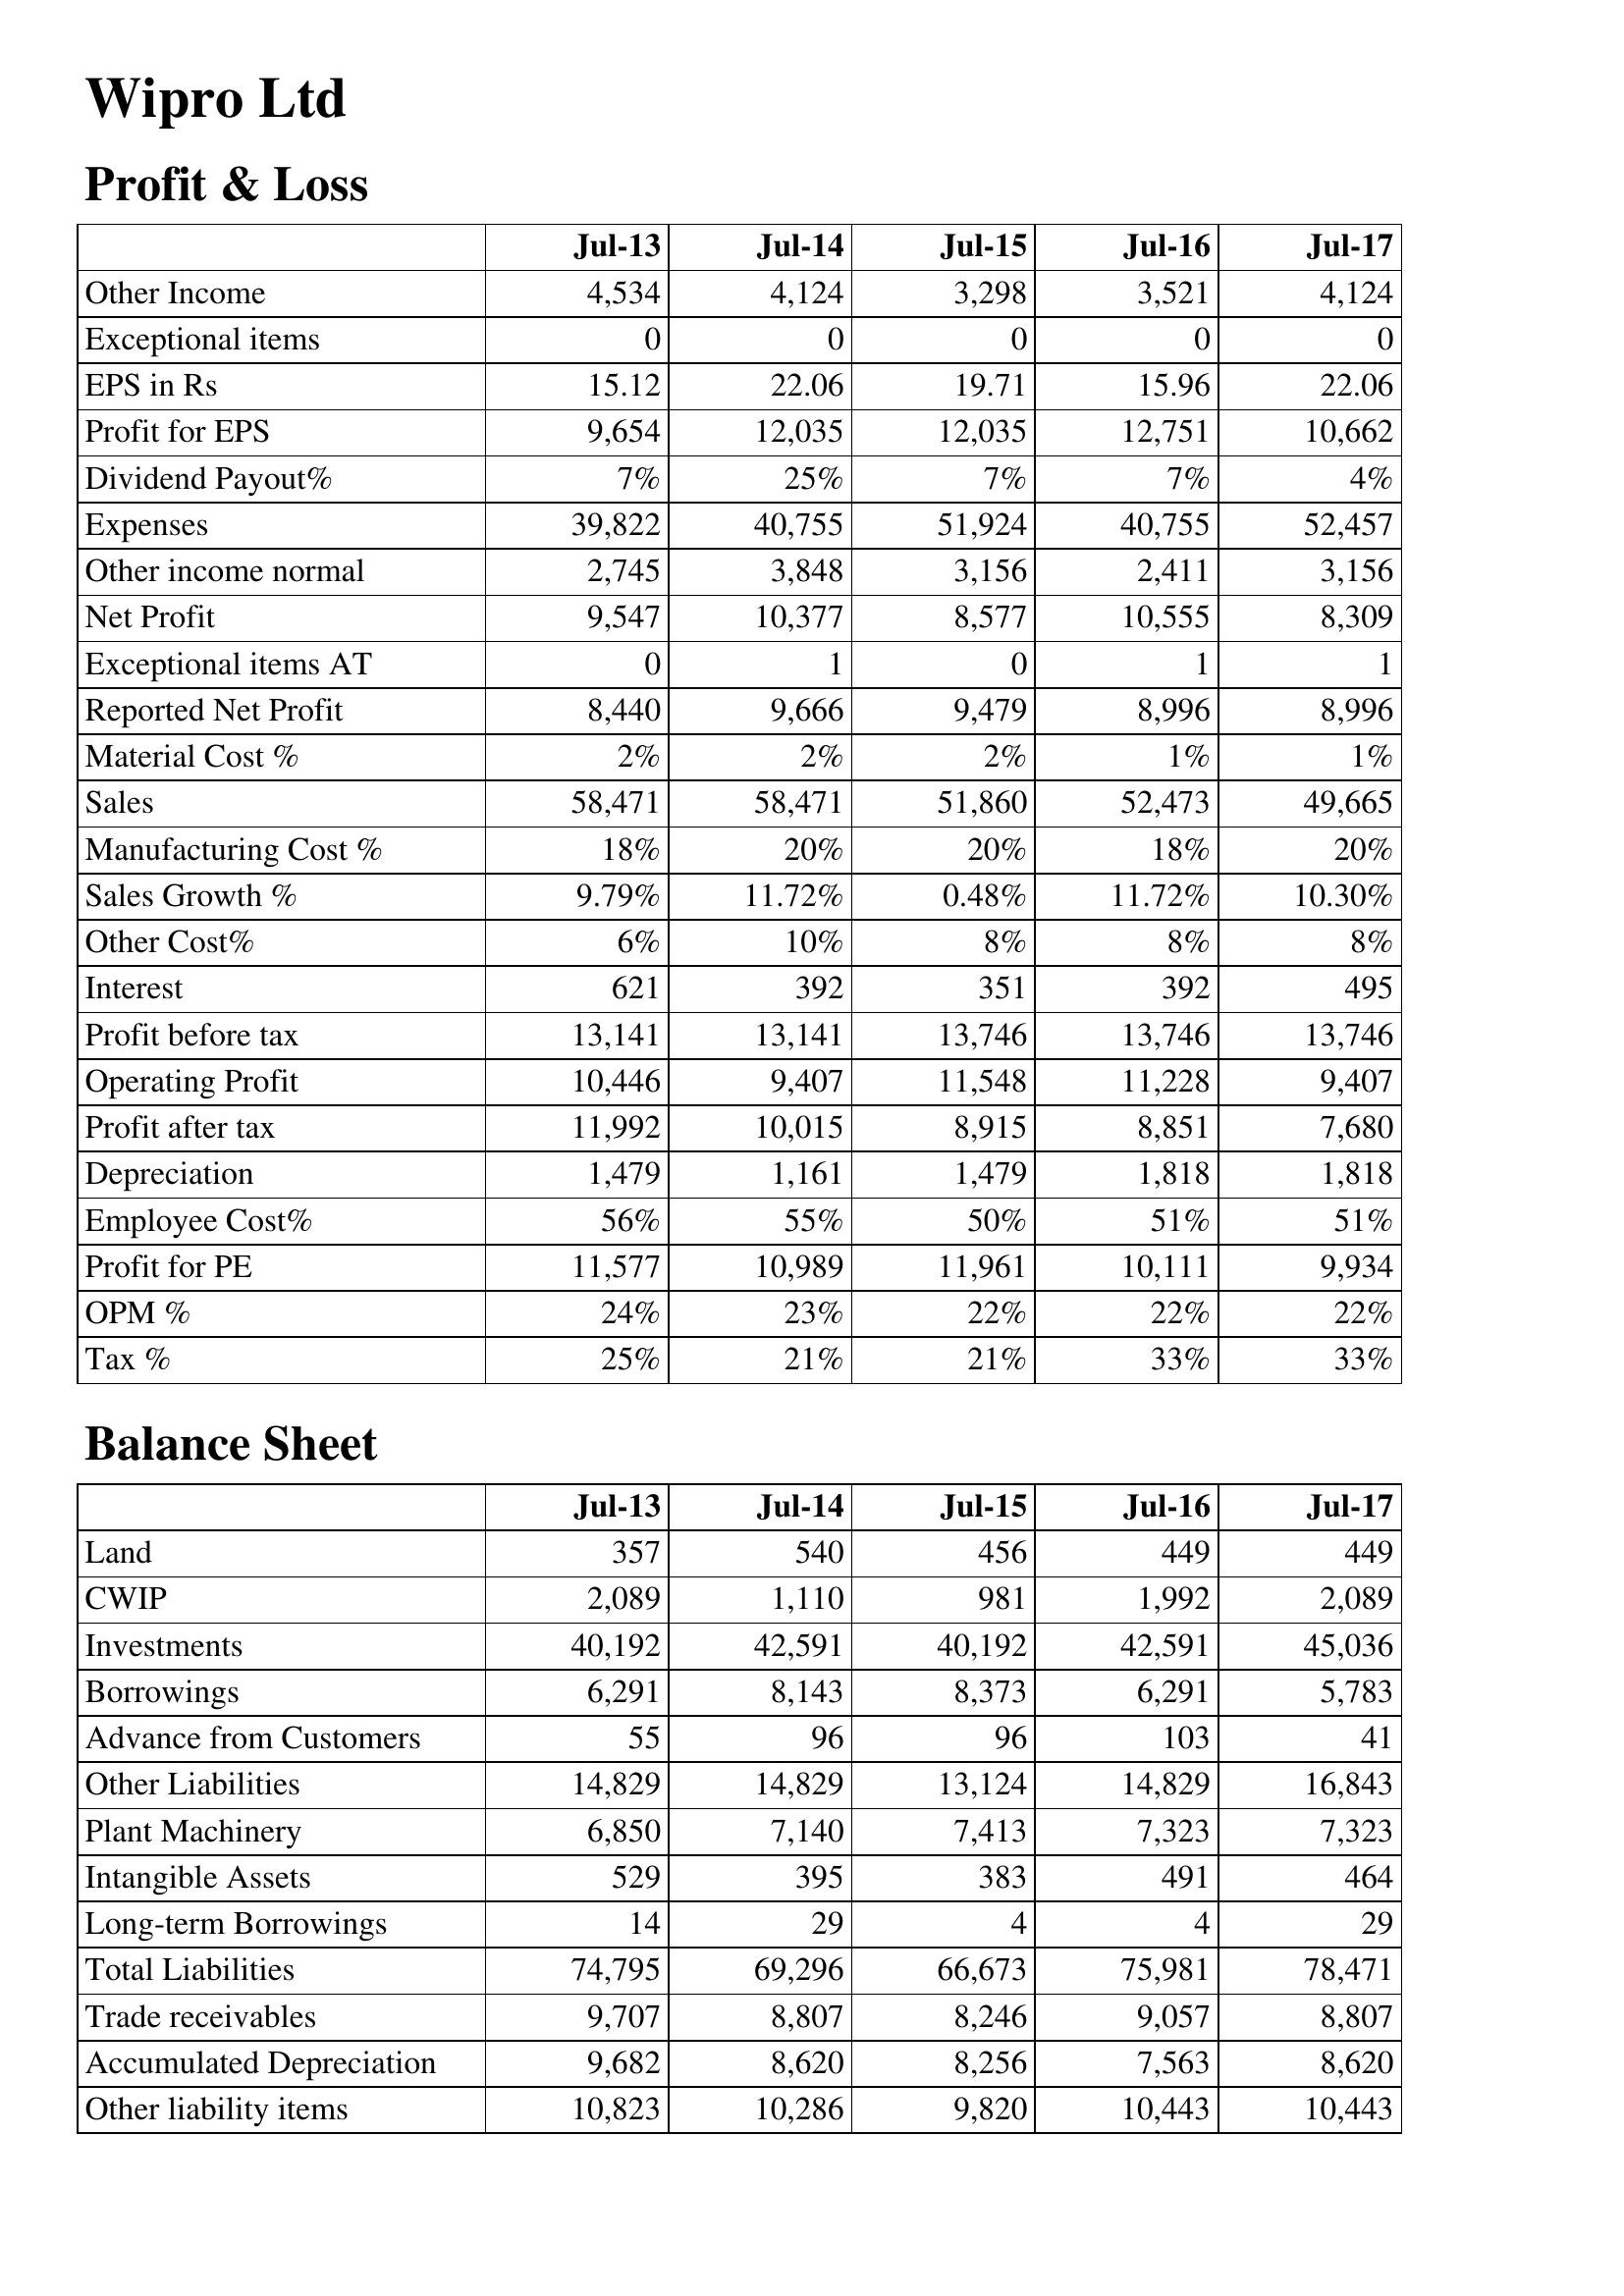
Jul-13: Profit & Loss: Other Income: 4,534
Exceptional items: 0
EPS in Rs: 15.12
Profit for EPS: 9,654
Dividend Payout%: 7%
Expenses: 39,822
Other income normal: 2,745
Net Profit: 9,547
Exceptional items AT: 0
Reported Net Profit: 8,440
Material Cost %: 2%
Sales: 58,471
Manufacturing Cost %: 18%
Sales Growth %: 9.79%
Other Cost%: 6%
Interest: 621
Profit before tax: 13,141
Operating Profit: 10,446
Profit after tax: 11,992
Depreciation: 1,479
Employee Cost%: 56%
Profit for PE: 11,577
OPM %: 24%
Tax %: 25%
Balance Sheet: Land: 357
CWIP: 2,089
Investments: 40,192
Borrowings: 6,291
Advance from Customers: 55
Other Liabilities: 14,829
Plant Machinery: 6,850
Intangible Assets: 529
Long-term Borrowings: 14
Total Liabilities: 74,795
Trade receivables: 9,707
Accumulated Depreciation: 9,682
Other liability items: 10,823
Jul-14: Profit & Loss: Other Income: 4,124
Exceptional items: 0
EPS in Rs: 22.06
Profit for EPS: 12,035
Dividend Payout%: 25%
Expenses: 40,755
Other income normal: 3,848
Net Profit: 10,377
Exceptional items AT: 1
Reported Net Profit: 9,666
Material Cost %: 2%
Sales: 58,471
Manufacturing Cost %: 20%
Sales Growth %: 11.72%
Other Cost%: 10%
Interest: 392
Profit before tax: 13,141
Operating Profit: 9,407
Profit after tax: 10,015
Depreciation: 1,161
Employee Cost%: 55%
Profit for PE: 10,989
OPM %: 23%
Tax %: 21%
Balance Sheet: Land: 540
CWIP: 1,110
Investments: 42,591
Borrowings: 8,143
Advance from Customers: 96
Other Liabilities: 14,829
Plant Machinery: 7,140
Intangible Assets: 395
Long-term Borrowings: 29
Total Liabilities: 69,296
Trade receivables: 8,807
Accumulated Depreciation: 8,620
Other liability items: 10,286
Jul-15: Profit & Loss: Other Income: 3,298
Exceptional items: 0
EPS in Rs: 19.71
Profit for EPS: 12,035
Dividend Payout%: 7%
Expenses: 51,924
Other income normal: 3,156
Net Profit: 8,577
Exceptional items AT: 0
Reported Net Profit: 9,479
Material Cost %: 2%
Sales: 51,860
Manufacturing Cost %: 20%
Sales Growth %: 0.48%
Other Cost%: 8%
Interest: 351
Profit before tax: 13,746
Operating Profit: 11,548
Profit after tax: 8,915
Depreciation: 1,479
Employee Cost%: 50%
Profit for PE: 11,961
OPM %: 22%
Tax %: 21%
Balance Sheet: Land: 456
CWIP: 981
Investments: 40,192
Borrowings: 8,373
Advance from Customers: 96
Other Liabilities: 13,124
Plant Machinery: 7,413
Intangible Assets: 383
Long-term Borrowings: 4
Total Liabilities: 66,673
Trade receivables: 8,246
Accumulated Depreciation: 8,256
Other liability items: 9,820
Jul-16: Profit & Loss: Other Income: 3,521
Exceptional items: 0
EPS in Rs: 15.96
Profit for EPS: 12,751
Dividend Payout%: 7%
Expenses: 40,755
Other income normal: 2,411
Net Profit: 10,555
Exceptional items AT: 1
Reported Net Profit: 8,996
Material Cost %: 1%
Sales: 52,473
Manufacturing Cost %: 18%
Sales Growth %: 11.72%
Other Cost%: 8%
Interest: 392
Profit before tax: 13,746
Operating Profit: 11,228
Profit after tax: 8,851
Depreciation: 1,818
Employee Cost%: 51%
Profit for PE: 10,111
OPM %: 22%
Tax %: 33%
Balance Sheet: Land: 449
CWIP: 1,992
Investments: 42,591
Borrowings: 6,291
Advance from Customers: 103
Other Liabilities: 14,829
Plant Machinery: 7,323
Intangible Assets: 491
Long-term Borrowings: 4
Total Liabilities: 75,981
Trade receivables: 9,057
Accumulated Depreciation: 7,563
Other liability items: 10,443
Jul-17: Profit & Loss: Other Income: 4,124
Exceptional items: 0
EPS in Rs: 22.06
Profit for EPS: 10,662
Dividend Payout%: 4%
Expenses: 52,457
Other income normal: 3,156
Net Profit: 8,309
Exceptional items AT: 1
Reported Net Profit: 8,996
Material Cost %: 1%
Sales: 49,665
Manufacturing Cost %: 20%
Sales Growth %: 10.30%
Other Cost%: 8%
Interest: 495
Profit before tax: 13,746
Operating Profit: 9,407
Profit after tax: 7,680
Depreciation: 1,818
Employee Cost%: 51%
Profit for PE: 9,934
OPM %: 22%
Tax %: 33%
Balance Sheet: Land: 449
CWIP: 2,089
Investments: 45,036
Borrowings: 5,783
Advance from Customers: 41
Other Liabilities: 16,843
Plant Machinery: 7,323
Intangible Assets: 464
Long-term Borrowings: 29
Total Liabilities: 78,471
Trade receivables: 8,807
Accumulated Depreciation: 8,620
Other liability items: 10,443